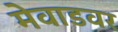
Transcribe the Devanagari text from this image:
मेवाडवर